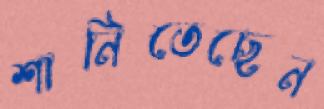
শানিতেছেন